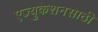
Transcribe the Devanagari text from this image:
एज्युकेशनसाठी